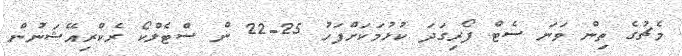
މެޗުގެ ތިން ވަނަ ސެޓް ފޯރިގަދަ ކުޅުމަކަށްފަހު 25-22 ން ސްޓެލްކޯ ރެކްރިއޭޝަނުން